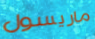
ماريسول